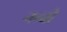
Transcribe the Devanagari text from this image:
नब्वी